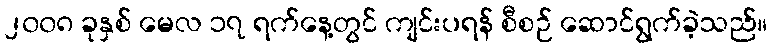
၂၀၀၈ ခုနှစ် မေလ ၁၇ ရက်နေ့တွင် ကျင်းပရန် စီစဉ် ဆောင်ရွက်ခဲ့သည်။